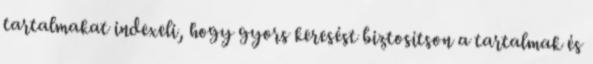
tartalmakat indexeli, hogy gyors keresést biztosítson a tartalmak és